Report on the cholera epidemic of
Year: 1868
Disease focus: Cholera
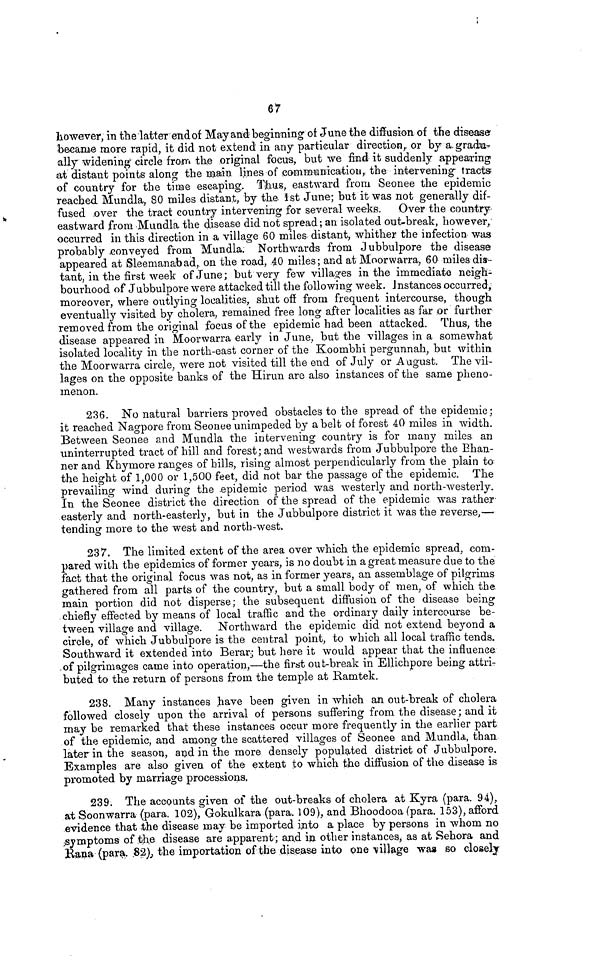
67
however, in the latter end of May and beginning ot June the diffusion of the disease
became more rapid, it did not extend in any particular direction, or by a. gradu-
ally widening circle from the original focus, but we find it suddenly appearing
at distant points along the main lines of communication, the intervening tracts
of country for the time escaping. Thus, eastward from Seonee the epidemic
reached Hundía, 80 miles distant, by the 1st June; but it was not generally dif-
fused over the tract country intervening for several weeks. Over the country
eastward from Mundla the disease did not spread ; an isolated out-break, however,
occurred in this direction in a village 60 miles distant, whither the infection was
probably conveyed from Mundla. Northwards from Jubbulpore the disease
appeared at Sleemanabad, on the road, 40 miles; and at Moorwarra, 60 miles dis-
tant, in the first week of June; but very few villages in the immediate neigh-
bourhood of Jubbulpore were attacked till the following week. Instances occurred,
moreover, where outlying localities, shut off from frequent intercourse, though
eventually visited by cholera, remained free lorig after localities as far or further
removed from the original focus of the epidemic had been attacked. Thus, the
disease appeared in Moorwarra early in June, but the villages in a somewhat
isolated locality in the north-east corner of the Koombhi pergunnah, but within
the Moorwarra circle, were not visited till the end of July or August. The vil-
lages on the opposite banks of the Hirun are also instances of the same pheno-
menon.
236. No natural barriers proved obstacles to the spread of the epidemic;
it reached Nagpore from Seonee unimpeded by a belt of forest 40 miles in width.
Between Seonee and Mundla the intervening country is for many miles an
uninterrupted tract of hill and forest ; and westwards from Jubbulpore the Bhau-
ner and Khymore ranges of hills, rising almost perpendicularly from the plain to
the height of 1,000 or 1,500 feet, did not bar the passage of the epidemic. The
prevailing wind during the epidemic period was westerly and north-westerly.
In the Seonee district the direction of the spread of the epidemic was rather
easterly and north-easterly, but in the Jubbulpore district it was the reverse,—
tending more to the west and north-west.
237. The limited extent of the area over which the epidemic spread, com-
pared with the epidemics of former years, is no doubt in a great measure due to the
fact that the original focus was not, as in former years, an assemblage of pilgrims
gathered from all parts of the country, but a small body of men, of which the
main portion did not disperse; the subsequent diffusion of the disease being
chiefly effected by means of local traffic and the ordinary daily intercourse be-
tween village and village. Northward the epidemic did not extend beyond a
circle, of which Jubbulpore is the central point, to which all local traffic tends.
Southward it extended into Berar; but here it would appear that the influence
of pilgrimages came into operation,—the first out-break in Ellichpore being attri-
buted to the return of persons from the temple at Ramtek.
238. Many instances have been given in which an out-break of cholera
followed closely upon the arrival of persons suffering from the disease ; and it
may be remarked that these instances occur more frequently in the earlier part
of the epidemic, and among the scattered villages of Seonee and Mundla, than
later in the season, and in the more densely populated district of Jubbulpore,
Examples are also given of the extent to which the diffusion of the disease is
promoted by marriage processions,
239. The accounts given of the out-breaks of cholera at Kyra (para. 94),
at Soonwarra (para. 102), Gokulkara (para. 109), and Bhoodooa (para. 153), afford
evidence that the disease may be imported into a place by persons in whom no
symptoms of the disease are apparent; and in other instances, as at Sehora and
Rana (para. 82), the importation of the disease into one village wag so closely